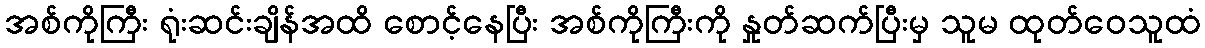
အစ်ကိုကြီး ရုံးဆင်းချိန်အထိ စောင့်နေပြီး အစ်ကိုကြီးကို နှုတ်ဆက်ပြီးမှ သူမ ထုတ်ဝေသူထံ